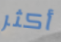
أكثر